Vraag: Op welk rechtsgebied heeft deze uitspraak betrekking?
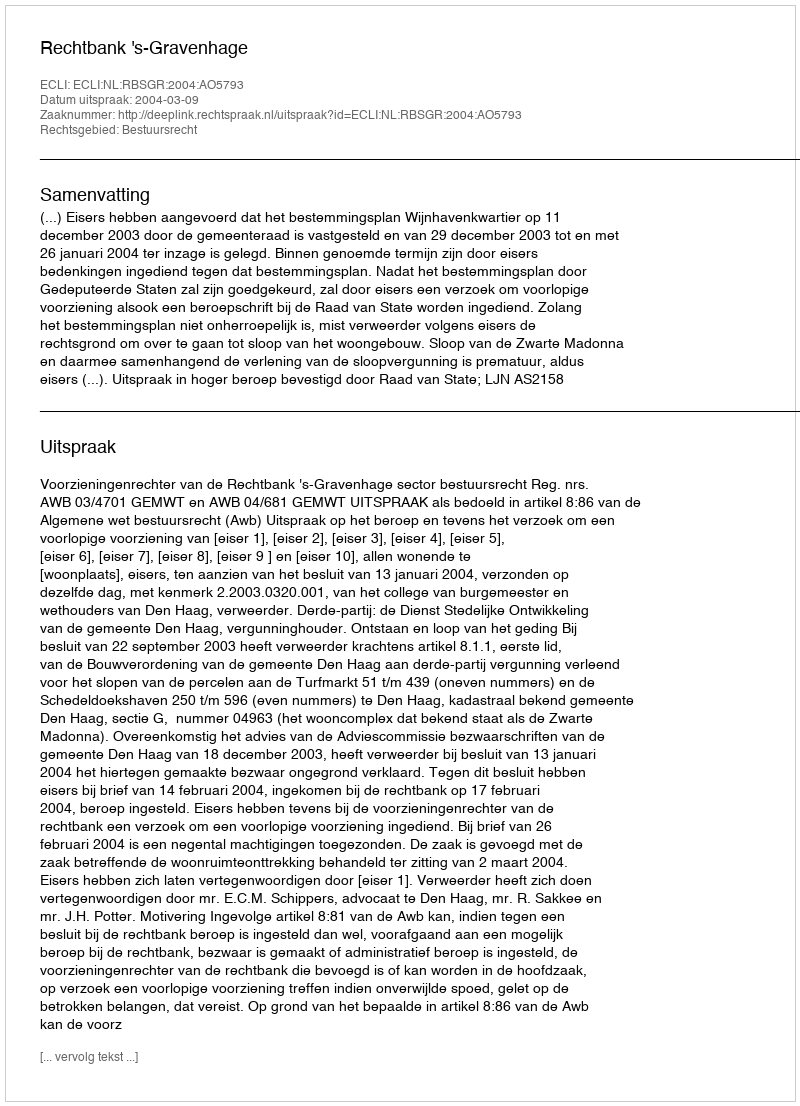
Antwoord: Bestuursrecht